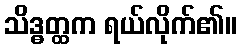
သိဒ္ဓတ္ထက ရယ်လိုက်၏။